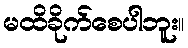
မထိခိုက်စေပါဘူး။